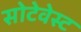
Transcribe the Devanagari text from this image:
सोटेवेस्ट